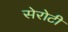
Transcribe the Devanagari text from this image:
सेरोटी